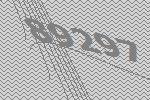
89297